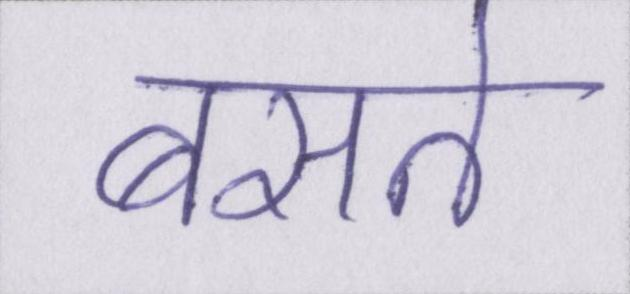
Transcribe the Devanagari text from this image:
बसते